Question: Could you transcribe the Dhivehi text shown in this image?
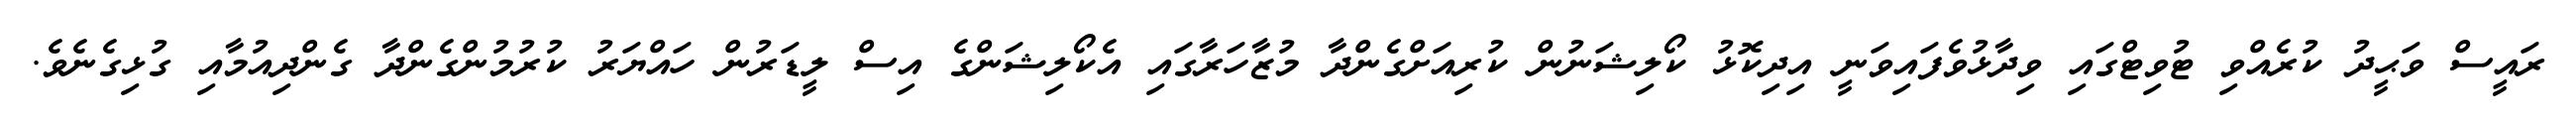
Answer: ރައީސް ވަޙީދު ކުރެއްވި ޓުވިޓްގައި ވިދާޅުވެފައިވަނީ އިދިކޮޅު ކޯލިޝަނުން ކުރިއަށްގެންދާ މުޒާހަރާގައި އެކޯލިޝަންގެ އިސް ލީޑަރުން ހައްޔަރު ކުރުމުންގެންދާ ގެންދިއުމާއި ގުޅިގެނެވެ.